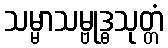
သမ္မာသမ္ဗုဒ္ဓသုတ္တံ